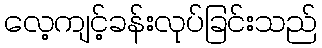
လေ့ကျင့်ခန်းလုပ်ခြင်းသည်